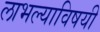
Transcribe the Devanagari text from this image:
लाभल्याविषयी